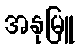
အနုမြူ